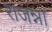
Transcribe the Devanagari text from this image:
राजन्ना